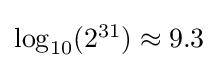
{\textstyle \log _{10}(2^{31})\approx 9.3}